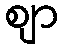
ဈာ